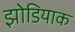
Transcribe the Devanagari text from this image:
झोडियाक